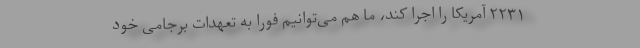
۲۲۳۱ آمریکا را اجرا کند، ما هم می‌توانیم فوراً به تعهدات برجامی خود